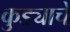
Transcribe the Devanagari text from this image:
कुड्याचे